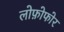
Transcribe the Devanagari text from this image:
लोफ़ोफोर